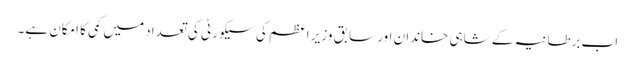
اب برطانیہ کے شاہی خاندان اور سابق وزیر اعظم کی سیکورٹی کی تعداد میں کمی کا امکان ہے۔